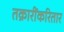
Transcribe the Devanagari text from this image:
तक्रारींकरितार